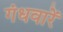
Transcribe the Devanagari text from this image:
गंधवारें